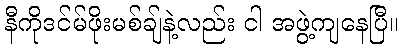
နီကိုဒင်မ်ဖိုးမစ်ချ်နဲ့လည်း ငါ အဖွဲ့ကျနေပြီ။